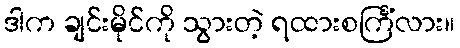
ဒါက ချင်းမိုင်ကို သွားတဲ့ ရထားစင်္ကြံလား။